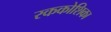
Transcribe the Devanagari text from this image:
रककोशिका